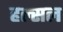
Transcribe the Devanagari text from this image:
हल्सल